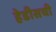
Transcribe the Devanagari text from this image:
हेडीसची